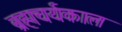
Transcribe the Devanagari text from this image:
ब्रह्मचर्यकाल